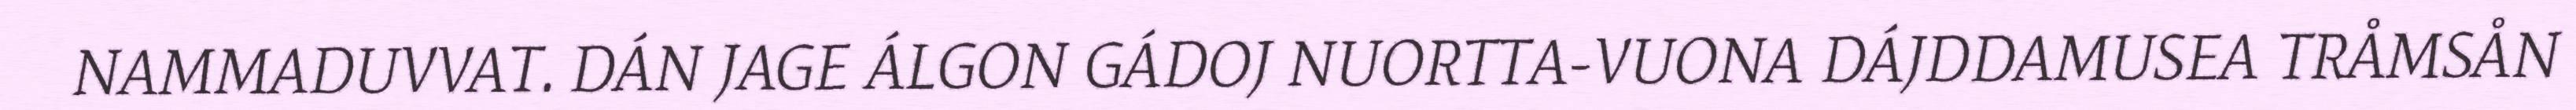
NAMMADUVVAT. DÁN JAGE ÁLGON GÁDOJ NUORTTA-VUONA DÁJDDAMUSEA TRÅMSÅN